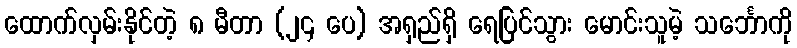
ထောက်လှမ်းနိုင်တဲ့ ၈ မီတာ (၂၄ ပေ) အရှည်ရှိ ရေပြင်သွား မောင်းသူမဲ့ သင်္ဘောကို